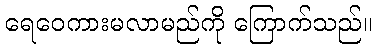
ရေဝေကားမလာမည်ကို ကြောက်သည်။